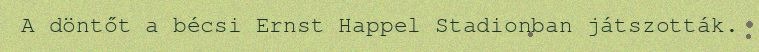
A döntőt a bécsi Ernst Happel Stadionban játszották.